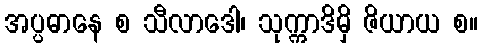
အပ္ပဓာနေ စ သီလာဒေါ၊ သုက္ကာဒိမှိ ဇိယာယ စ။